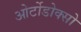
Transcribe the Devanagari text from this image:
ओर्टोडोक्सो